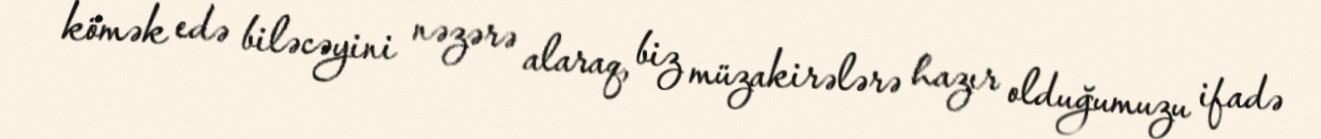
kömək edə biləcəyini nəzərə alaraq, biz müzakirələrə hazır olduğumuzu ifadə